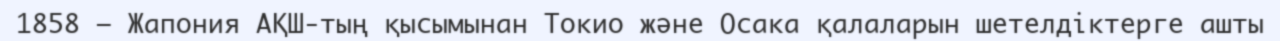
1858 — Жапония АҚШ-тың қысымынан Токио және Осака қалаларын шетелдіктерге ашты